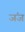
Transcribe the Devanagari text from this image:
जंज